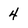
Character: 4